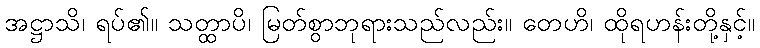
အဋ္ဌာသိ၊ ရပ်၏။ သတ္ထာပိ၊ မြတ်စွာဘုရားသည်လည်း။ တေဟိ၊ ထိုရဟန်းတို့နှင့်။